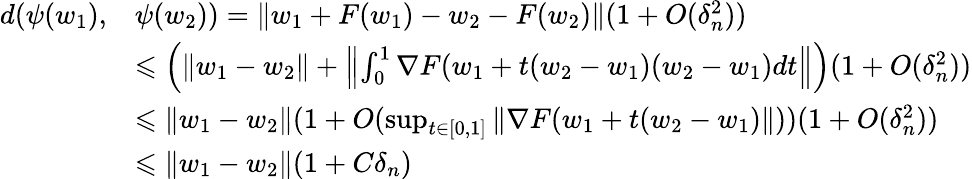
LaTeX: \begin{array}{rl}{d(\psi(w_{1}),}&{\psi(w_{2}))=\| w_{1}+F(w_{1})-w_{2}-F(w_{2})\| (1+O(\delta_{n}^{2}))}\\ &{\leqslant\left(\| w_{1}-w_{2}\| +\left\| \int_{0}^{1}\nabla F(w_{1}+t(w_{2}-w_{1})(w_{2}-w_{1})dt\right\| \right)(1+O(\delta_{n}^{2}))}\\ &{\leqslant\| w_{1}-w_{2}\| (1+O(\operatorname*{sup}_{t\in[0,1]}\| \nabla F(w_{1}+t(w_{2}-w_{1})\| ))(1+O(\delta_{n}^{2}))}\\ &{\leqslant\| w_{1}-w_{2}\| (1+C\delta_{n})}\end{array}